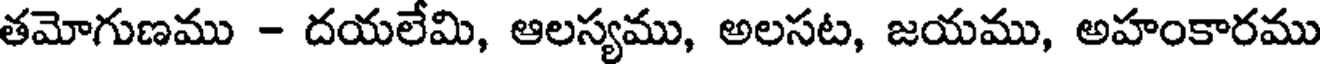
తమోగుణము - దయలేమి, ఆలస్యము, అలసట, జయము, అహంకారము